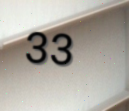
33